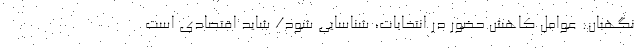
نگهبان: عوامل کاهش حضور در انتخابات، شناسایی شود/ شاید اقتصادی است